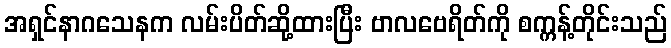
အရှင်နာဂသေနက လမ်းပိတ်ဆို့ထားပြီး ဗာလဗေရိတ်ကို စက္ကန့်တိုင်းသည်